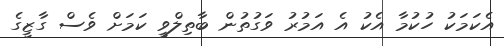
އެކަމަކު ހުކުމާ އެކު އެ އަމުރު ވަގުތުން ބާތިލްވީ ކަމަށް ވެސް ގާޒީގެ